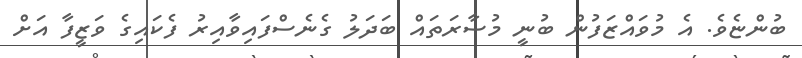
ބުންޏެވެ. އެ މުވައްޒަފުން ބުނީ މުސާރަތައް ބަދަލު ގެނެސްފައިވާއިރު ފެކައިގެ ވަޒީފާ އަށް